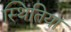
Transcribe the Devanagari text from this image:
स्थितिया